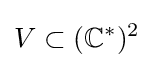
V\subset (\mathbb {C} ^{*})^{2}